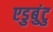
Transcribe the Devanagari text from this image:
एडुबुंटु